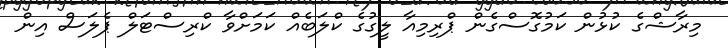
މިރާޝްގެ ކުޅުން ކަމުގޮސްގެން ޕްރިމިއާ ލީގުގެ ކްލަބެއް ކަމަށްވާ ކްރިސްޓަލް ޕެލަސް އިން